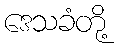
ဒေသခံတို့